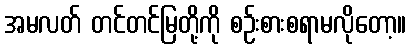
အမလတ် တင်တင်မြတို့ကို စဉ်းစားစရာမလိုတော့။